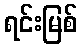
ရင်းမြစ်